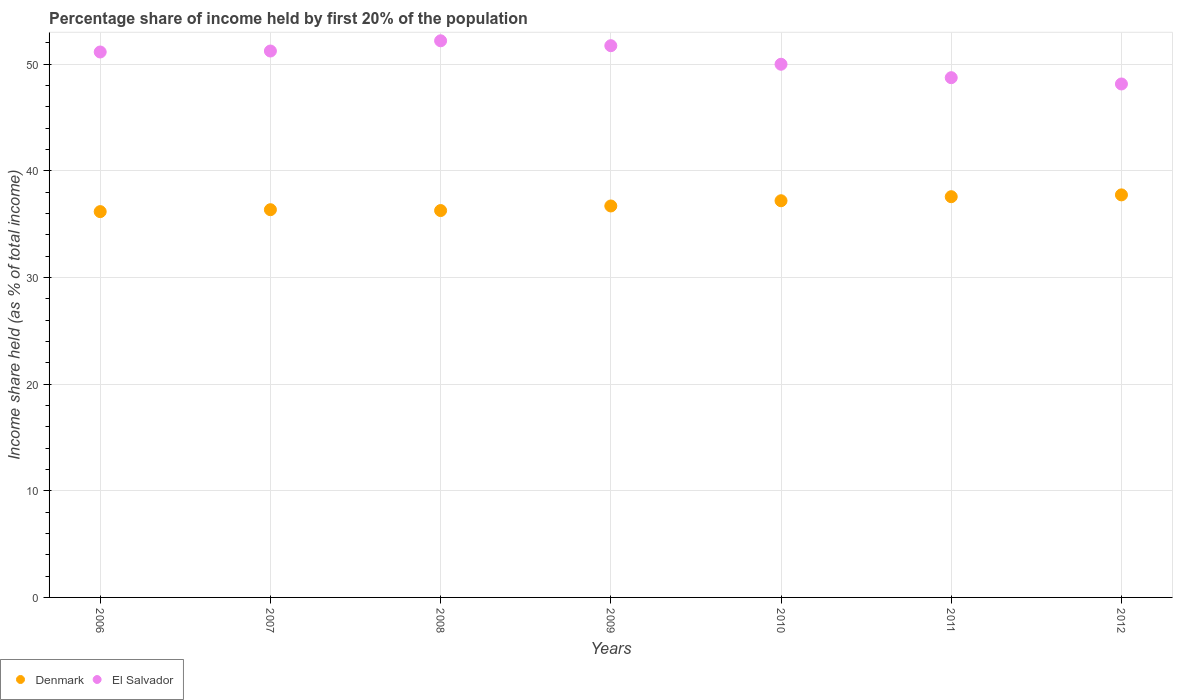
| Years | Denmark | El Salvador |
 | --- | --- | --- |
 | 2006 | 36.2 | 51.1 |
 | 2007 | 36.4 | 51.2 |
 | 2008 | 36.3 | 52.2 |
 | 2009 | 36.7 | 51.7 |
 | 2010 | 37.2 | 50 |
 | 2011 | 37.6 | 48.7 |
 | 2012 | 37.8 | 48.1 |